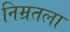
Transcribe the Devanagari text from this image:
निम्रतला